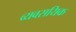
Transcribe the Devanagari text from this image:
व्यवसयिक